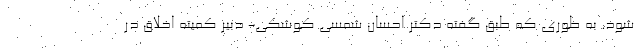
شود. به طوری که طبق گفته دکتر احسان شمسی کوشکی- دبیر کمیته اخلاق در